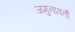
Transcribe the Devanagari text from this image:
जमुनावतौ